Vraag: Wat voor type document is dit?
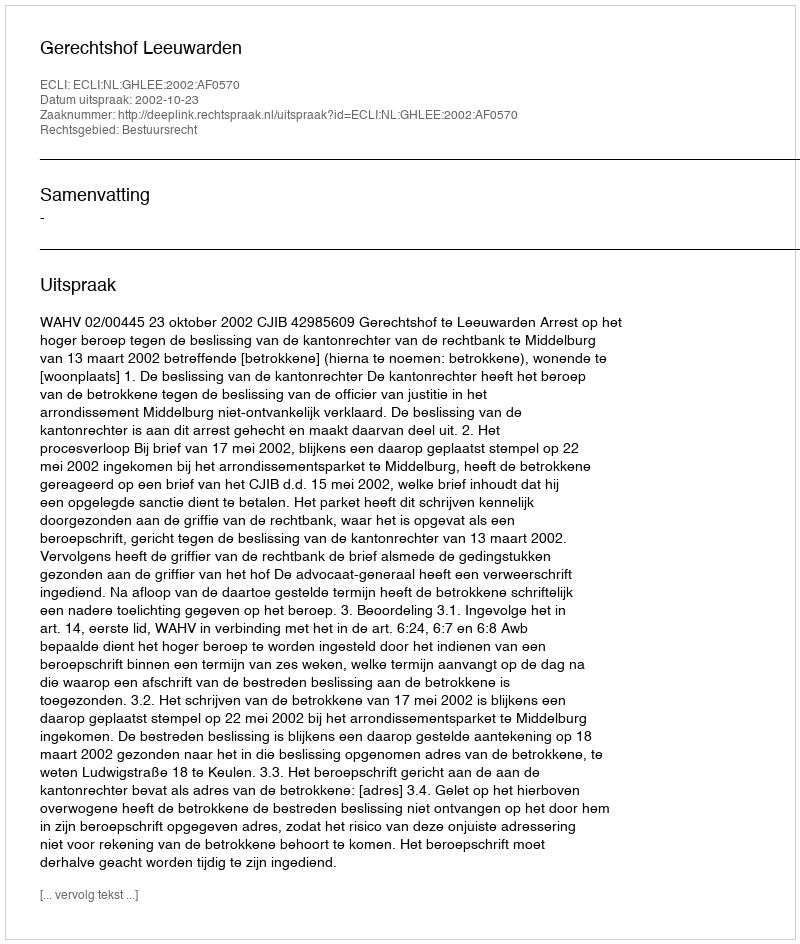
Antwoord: Uitspraak